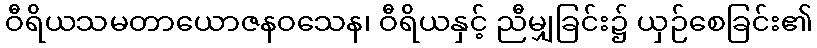
ဝီရိယသမတာယောဇနဝသေန၊ ဝီရိယနှင့် ညီမျှခြင်း၌ ယှဉ်စေခြင်း၏